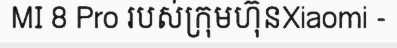
MI 8 Pro របស់ក្រុមហ៊ុនXiaomi -